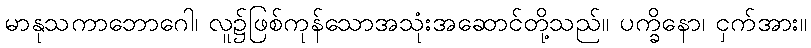
မာနုသကာဘောဂေါ၊ လူ၌ဖြစ်ကုန်သောအသုံးအဆောင်တို့သည်။ ပက္ခိနော၊ ငှက်အား။